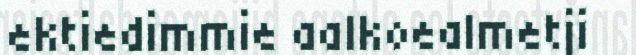
ektiedimmie aalkoealmetji